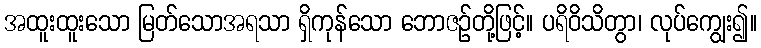
အထူးထူးသော မြတ်သောအရသာ ရှိကုန်သော ဘောဇဉ်တို့ဖြင့်။ ပရိဝိသိတွာ၊ လုပ်ကျွေး၍။